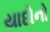
યાદોનો